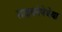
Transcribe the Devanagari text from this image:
साइकोपेथेया